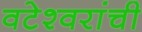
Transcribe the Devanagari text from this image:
वटेश्वरांची